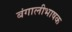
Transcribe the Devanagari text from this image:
बंगालीभाषक